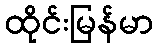
ထိုင်းမြန်မာ